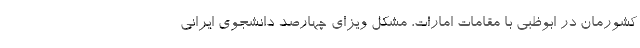
کشورمان در ابوظبی با مقامات امارات، مشکل ویزای چهارصد دانشجوی ایرانی